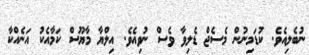
ނުބެލިއެވެ. ކުޑަމިނުން މެސެޖް ޑެލިވާ ވެސް ނުވިއެވެ. އިލްޔާ މާޔޫސް ކަމާއެކު އަނެއްކާ